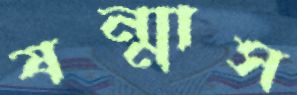
ষন্মাস